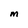
Character: M